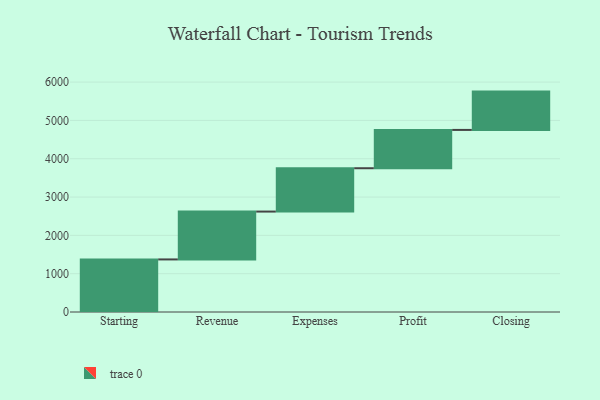
{"axis": {"x": "Step", "y": "Value"}, "legend": [""], "data": [{"x": "Starting", "y": 1372.0, "type": ""}, {"x": "Revenue", "y": 1249.0, "type": ""}, {"x": "Expenses", "y": 1131.0, "type": ""}, {"x": "Profit", "y": 1000, "type": ""}, {"x": "Closing", "y": 1000, "type": ""}]}